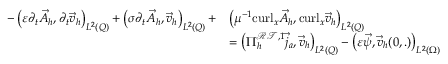
\begin{array} { r l } { - \left( \varepsilon \partial _ { t } \vec { A } _ { h } , \partial _ { t } \vec { v } _ { h } \right) _ { L ^ { 2 } ( Q ) } + \left( \sigma \partial _ { t } \vec { A } _ { h } , \vec { v } _ { h } \right) _ { L ^ { 2 } ( Q ) } + } & { \left( \mu ^ { - 1 } \mathrm { c u r l } _ { x } \vec { A } _ { h } , \mathrm { c u r l } _ { x } \vec { v } _ { h } \right) _ { L ^ { 2 } ( Q ) } } \\ & { = \left( \Pi _ { h } ^ { \mathcal { R T } , 1 } \vec { j } _ { a } , \vec { v } _ { h } \right) _ { L ^ { 2 } ( Q ) } - \left( \varepsilon \vec { \psi } , \vec { v } _ { h } ( 0 , . ) \right) _ { L ^ { 2 } ( \Omega ) } } \end{array}